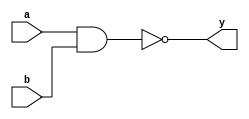
module _nand2(y, a, b);
	//output port
	output y;
	// input ports
	input a, b;
	
	assign y = !(a&b); // y is the calculated negation of the AND function operated by 'a' and 'b'.
	
endmodule


module _inv(y, a); 

	output y; //output port
	input a; //input port
	
	assign y = !a; // y is calculated the NOT function operated by 'a'.
	
endmodule

module _and2(y, a, b);

	output y; //output port
	input a, b; //input ports
	
	assign y= a & b;  // y is calculated the AND function operated by 'a' and 'b'.
	
endmodule

module _or2(y, a, b);
	
	output y; //output port
	input a, b; //input ports
	
	assign y = a | b; // y is calculated the OR function operated by 'a' and 'b'.
	
endmodule

module _xor2(y, a, b);
	//output port
	output y;
	//input ports
	input a, b;
	
	_inv inv0(.y(w0), .a(a)); // w0 is the calculated negation of the NOT function operated by 'a'.
	_inv inv1(.y(w1), .a(b)); //  w1 is the calculated negation of the NOT function operated by 'b'.
	
	_and2 and20(.y(w2), .a(a), .b(w1)); // w2 is calculated the AND function operated by 'a' and 'w1'.
	_and2 and21(.y(w3), .a(w0), .b(b)); // w3 is calculated the AND function operated by 'w0' and 'b'.
	
	_or2 or20(.y(y), .a(w2), .b(w3));  // y is calculated the OR function operated by 'w2' and 'w3'.
	
endmodule

module _and3(a, b, c, y);
	//output port
	output y;
	//intput ports
	input a, b, c;
	
	assign y = a & b & c; // y is calculated the AND function operated by 'a', 'b', and 'c'.

endmodule

module _and4(a, b, c, d, y);
	//output port
	output y;
	//intput ports
	input a, b, c, d;
	
	assign y = a & b & c & d; // y is calculated the AND function operated by 'a', 'b', 'c' and 'd'.

endmodule

module _and5(a, b, c, d, e, y);
	//output port
	output y;
	//intput ports
	input a, b, c, d, e;
	
	assign y = a & b & c & d & e; // y is calculated the AND function operated by 'a', 'b', 'c', 'd' and 'e'.

endmodule

module _or3(y, a, b, c);
	
	output y; //output port
	input a, b, c; //input ports
	
	assign y = a | b | c; // y is calculated the OR function operated by 'a', 'b' and 'c'.
	
endmodule

module _or4(y, a, b, c, d);
	
	output y; //output port
	input a, b, c, d; //input ports
	
	assign y = a | b | c | d; // y is calculated the OR function operated by 'a', 'b', 'c' and 'd'.
	
endmodule


module _or5(y, a, b, c, d, e);
	
	output y; //output port
	input a, b, c, d, e; //input ports
	
	assign y = a | b | c | d | e; // y is calculated the OR function operated by 'a', 'b', 'c', 'd' and 'e'.
	
endmodule

module _inv_4bits(a, y);
	input [3:0] a; // 4bit input bus port
	output [3:0] y; // 4bit output bus port
	
	assign y = ~a; // vector y is the calculated negation of the NOT function operated by vector 'a'.
	
endmodule

module _and2_4bits(a, b, y);
	input [3:0] a, b; // 4bit input bus ports
	output [3:0] y; // 4bit output bus port
	
	assign y = a & b; // vector y is calculated the AND function operated by vector 'a'.
	
endmodule

module _or2_4bits(a, b, y);
	input [3:0] a, b; // 4bit input bus ports
	output [3:0] y; // 4bit output bus port
	
	assign y = a | b; // vector y is calculated the OR function operated by vector 'a'.
	
endmodule

module _xor2_4bits(a, b, y);
	input [3:0] a, b; // 4bit input bus ports
	output [3:0] y; // 4bit output bus port
	
	_xor2 U0_xor2(.a(a[0]), .b(b[0]), .y(y[0])); // 'y[0]' is calculated the exclusive OR function operated by 'a[0]' and 'b[0]'.
	_xor2 U1_xor2(.a(a[1]), .b(b[1]), .y(y[1])); // 'y[1]' is calculated the exclusive OR function operated by 'a[1]' and 'b[1]'.
	_xor2 U2_xor2(.a(a[2]), .b(b[2]), .y(y[2])); // 'y[2]' is calculated the exclusive OR function operated by 'a[2]' and 'b[2]'.
	_xor2 U3_xor2(.a(a[3]), .b(b[3]), .y(y[3])); // 'y[3]' is calculated the exclusive OR function operated by 'a[3]' and 'b[3]'.
	
endmodule

module _xnor2_4bits(a, b, y);
	input [3:0] a, b; // 4bit input bus ports
	output [3:0] y; // 4bit output bus port
	wire[3:0] w0; // 4bit wire
	
	_xor2_4bits U0_xor2_4bits(.a(a), .b(b), .y(w0)); // vector w0 is calculated the exclusive OR function operated by vector 'a'.
	_inv_4bits U1_inv_4bits(.a(w0), .y(y)); // vector y is calculated the NOT function operaged by vector 'w0'.
	
endmodule

module _inv_32bits(a, y);
	input [31:0] a; 	// 32bit input bus port
	output [31:0] y;  // 32bit output bus port
	
	assign y = ~a; //
	
endmodule

module _and2_32bits(a, b, y);
	input [31:0] a, b; // 32bit input bus ports
	output [31:0] y; 	 // 32bit output bus port
	
	assign y = a & b;
	
endmodule

module _or2_32bits(a, b, y);
	input [31:0] a, b; // 32bit input bus ports
	output [31:0] y; 	 // 32bit output bus port
	
	assign y = a | b;

endmodule

module _xor2_32bits(a, b, y);
	input [31:0] a, b; // 32bit input bus ports
	output [31:0] y; 	 // 32bit output bus port
	
	_xor2_4bits U0_xor2_4bits(.a(a[3:0]), .b(b[3:0]), .y(y[3:0]));			// 'y[3:0]' is calculated the exclusive OR function operated by 'a[3:0]' and 'b[3:0]'.
	_xor2_4bits U1_xor2_4bits(.a(a[7:4]), .b(b[7:4]), .y(y[7:4]));			// 'y[7:4]' is calculated the exclusive OR function operated by 'a[7:4]' and 'b[7:4]'.
	_xor2_4bits U2_xor2_4bits(.a(a[11:8]), .b(b[11:8]), .y(y[11:8]));		// 'y[11:8]' is calculated the exclusive OR function operated by 'a[11:8]' and 'b[11:8]'.
	_xor2_4bits U3_xor2_4bits(.a(a[15:12]), .b(b[15:12]), .y(y[15:12]));	// 'y[15:12]' is calculated the exclusive OR function operated by 'a[15:12]' and 'b[15:12]'.
	_xor2_4bits U4_xor2_4bits(.a(a[19:16]), .b(b[19:16]), .y(y[19:16]));	// 'y[19:16]' is calculated the exclusive OR function operated by 'a[19:16]' and 'b[19:16]'.
	_xor2_4bits U5_xor2_4bits(.a(a[23:20]), .b(b[23:20]), .y(y[23:20]));	// 'y[23:20]' is calculated the exclusive OR function operated by 'a[23:20]' and 'b[23:20]'.
	_xor2_4bits U6_xor2_4bits(.a(a[27:24]), .b(b[27:24]), .y(y[27:24]));	// 'y[27:24]' is calculated the exclusive OR function operated by 'a[27:24]' and 'b[27:24]'.
	_xor2_4bits U7_xor2_4bits(.a(a[31:28]), .b(b[31:28]), .y(y[31:28]));	// 'y[31:28]' is calculated the exclusive OR function operated by 'a[31:28]' and 'b[31:28]'.
	
endmodule

module _xnor2_32bits(a, b, y);
	input [31:0] a, b; // 32bit input bus ports
	output [31:0] y; 	 // 32bit output bus port
	
	_xnor2_4bits U0_xnor2_4bits(.a(a[3:0]), .b(b[3:0]), .y(y[3:0]));			// 'y[3:0]' is calculated the negation of the exclusive OR function operated by 'a[3:0]' and 'b[3:0]'.
	_xnor2_4bits U1_xnor2_4bits(.a(a[7:4]), .b(b[7:4]), .y(y[7:4]));			// 'y[7:4]' is calculated the negation of the exclusive OR function operated by 'a[7:4]' and 'b[7:4]'.
	_xnor2_4bits U2_xnor2_4bits(.a(a[11:8]), .b(b[11:8]), .y(y[11:8]));		// 'y[11:8]' is calculated the negation of the exclusive OR function operated by 'a[11:8]' and 'b[11:8]'.
	_xnor2_4bits U3_xnor2_4bits(.a(a[15:12]), .b(b[15:12]), .y(y[15:12]));	// 'y[15:12]' is calculated the negation of the exclusive OR function operated by 'a[15:12]' and 'b[15:12]'.
	_xnor2_4bits U4_xnor2_4bits(.a(a[19:16]), .b(b[19:16]), .y(y[19:16]));	// 'y[19:16]' is calculated the negation of the exclusive OR function operated by 'a[19:16]' and 'b[19:16]'.
	_xnor2_4bits U5_xnor2_4bits(.a(a[23:20]), .b(b[23:20]), .y(y[23:20]));	// 'y[23:20]' is calculated the negation of the exclusive OR function operated by 'a[23:20]' and 'b[23:20]'.
	_xnor2_4bits U6_xnor2_4bits(.a(a[27:24]), .b(b[27:24]), .y(y[27:24]));	// 'y[27:24]' is calculated the negation of the exclusive OR function operated by 'a[27:24]' and 'b[27:24]'.
	_xnor2_4bits U7_xnor2_4bits(.a(a[31:28]), .b(b[31:28]), .y(y[31:28]));	// 'y[31:28]' is calculated the negation of the exclusive OR function operated by 'a[31:28]' and 'b[31:28]'.

endmodule